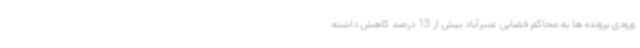
ورودی پرونده ها به محاکم قضایی عنبرآباد بیش از 13 درصد کاهش داشته